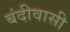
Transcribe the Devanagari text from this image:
बंदीवासी